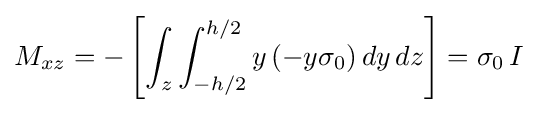
M_{xz}=-\left[\int _{z}\int _{-h/2}^{h/2}y\,(-y\sigma _{0})\,dy\,dz\right]=\sigma _{0}\,I